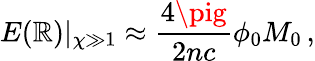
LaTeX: E(\mathbb{R})|_{\chi\gg1}\approx\frac{{4\pig}}{{2nc}}\phi_{0}M_{0}\, ,